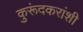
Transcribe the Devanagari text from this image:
कुरूंदकरांशी